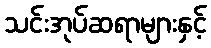
သင်းအုပ်ဆရာများနှင့်